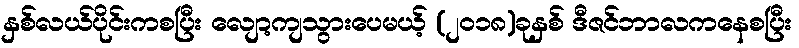
နှစ်လယ်ပိုင်းကစပြီး လျော့ကျသွားပေမယ့် (၂၀၁၈)ခုနှစ် ဒီဇင်ဘာလကနေစပြီး